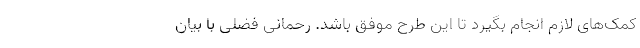
کمک‌های لازم انجام بگیرد تا این طرح موفق باشد. رحمانی فضلی با بیان